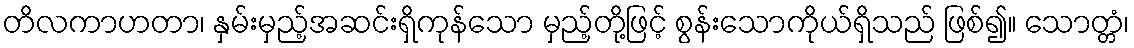
တိလကာဟတာ၊ နှမ်းမှည့်အဆင်းရှိကုန်သော မှည့်တို့ဖြင့် စွန်းသောကိုယ်ရှိသည် ဖြစ်၍။ သောတ္တံ၊